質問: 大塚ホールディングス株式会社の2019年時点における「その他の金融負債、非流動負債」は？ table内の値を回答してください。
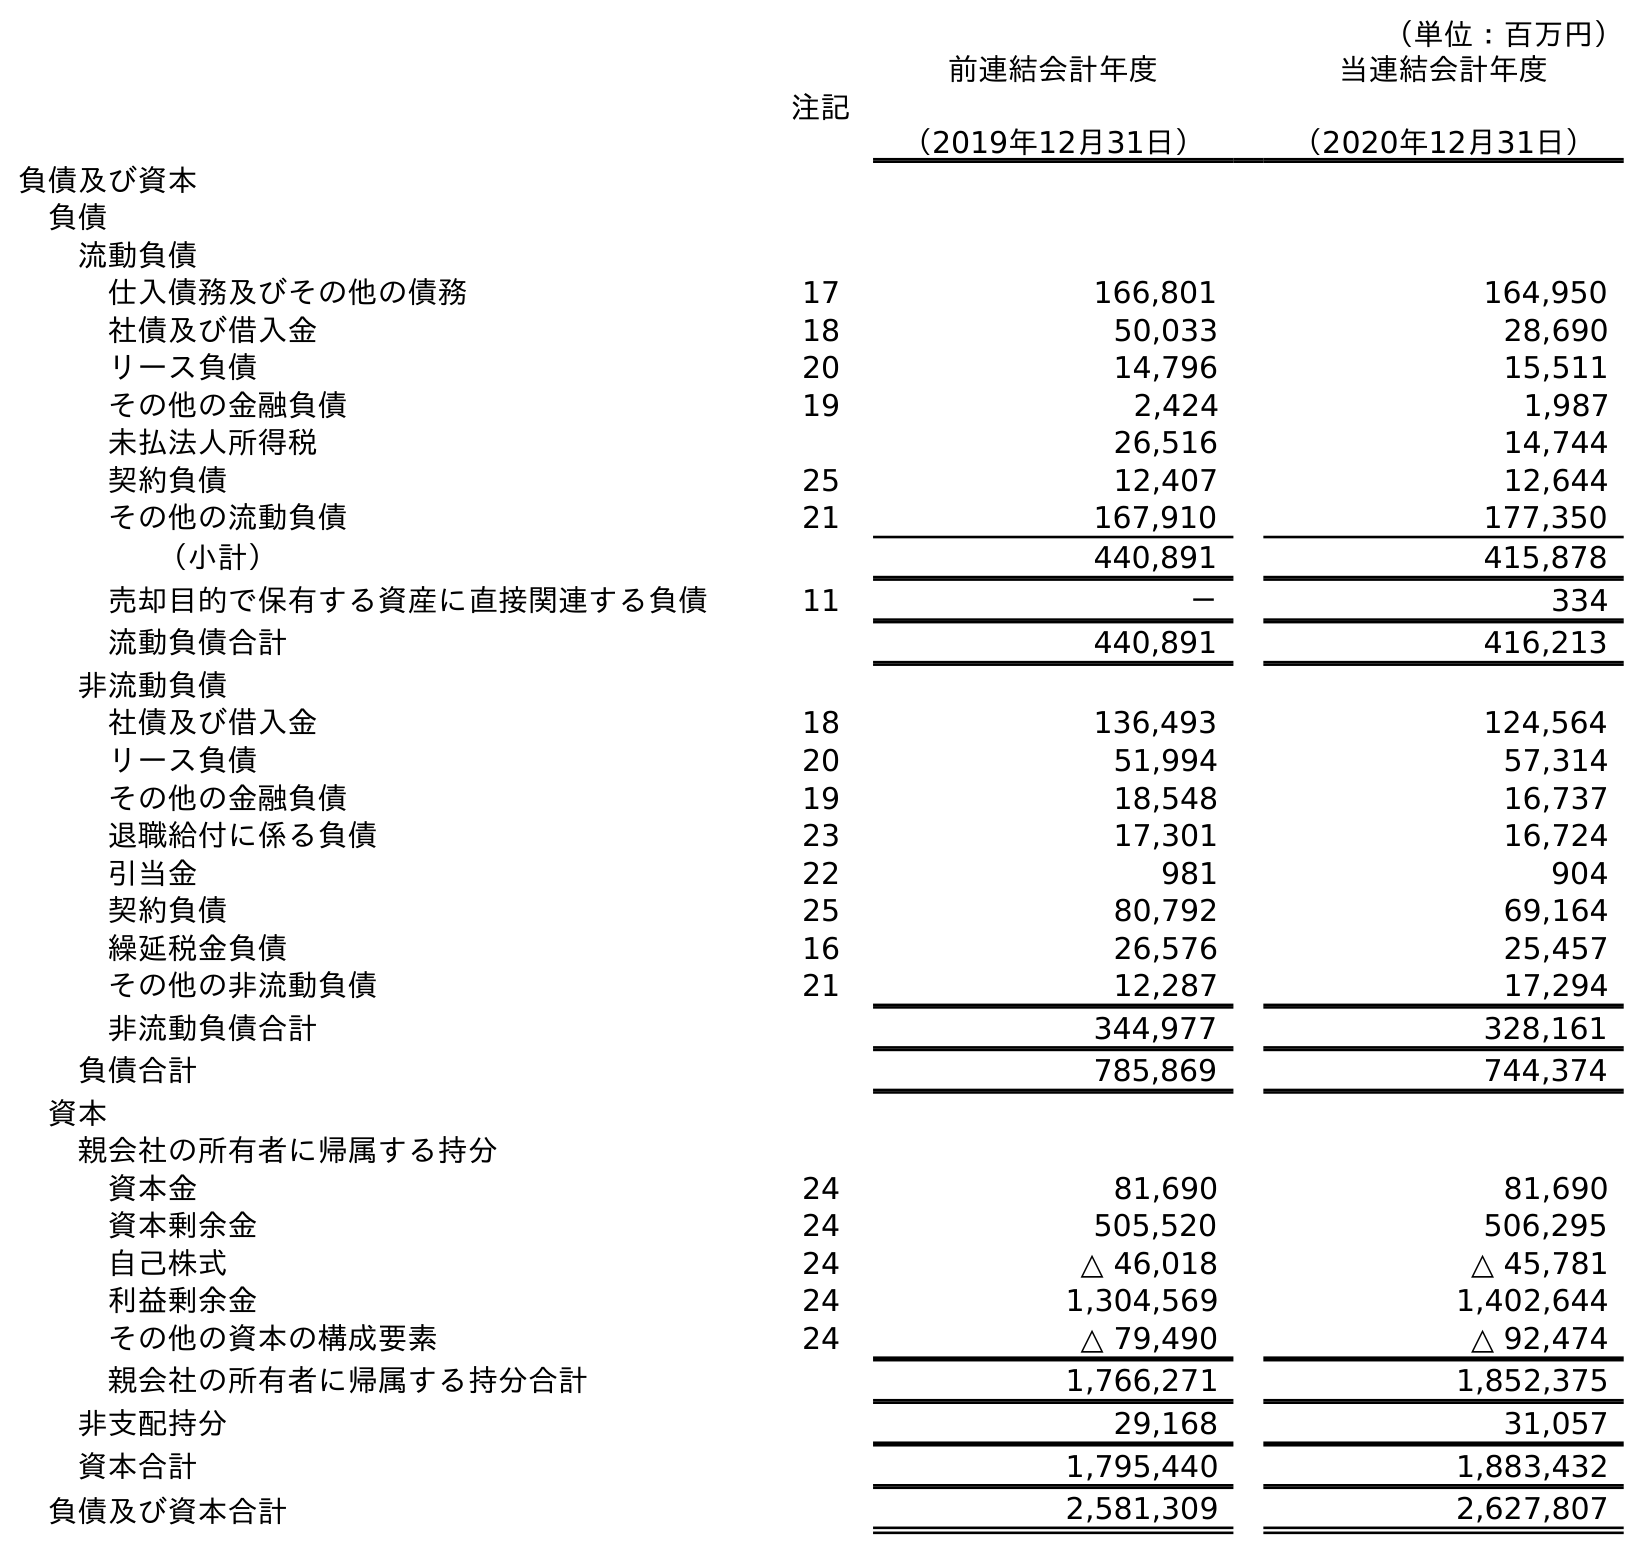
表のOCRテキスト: （単位：百万円） 注記 前連結会計年度 （2019年12月31日） 当連結会計年度 （2020年12月31日） 負債及び資本 負債 流動負債 仕入債務及びその他の債務 17 166,801 164,950 社債及び借入金 18 50,033 28,690 リース負債 20 14,796 15,511 その他の金融負債 19 2,424 1,987 未払法人所得税 26,516 14,744 契約負債 25 12,407 12,644 その他の流動負債 21 167,910 177,350 （小計） 440,891 415,878 売却目的で保有する資産に直接関連する負債 11 － 334 流動負債合計 440,891 416,213 非流動負債 社債及び借入金 18 136,493 124,564 リース負債 20 51,994 57,314 その他の金融負債 19 18,548 16,737 退職給付に係る負債 23 17,301 16,724 引当金 22 981 904 契約負債 25 80,792 69,164 繰延税金負債 16 26,576 25,457 その他の非流動負債 21 12,287 17,294 非流動負債合計 344,977 328,161 負債合計 785,869 744,374 資本 親会社の所有者に帰属する持分 資本金 24 81,690 81,690 資本剰余金 24 505,520 506,295 自己株式 24 △ 46,018 △ 45,781 利益剰余金 24 1,304,569 1,402,644 その他の資本の構成要素 24 △ 79,490 △ 92,474 親会社の所有者に帰属する持分合計 1,766,271 1,852,375 非支配持分 29,168 31,057 資本合計 1,795,440 1,883,432 負債及び資本合計 2,581,309 2,627,807
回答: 18,548